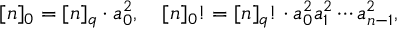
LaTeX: [ n ] _ { 0 } = [ n ] _ { q } \cdot a _ { 0 } ^ { 2 } , \quad [ n ] _ { 0 } ! = [ n ] _ { q } ! \cdot a _ { 0 } ^ { 2 } a _ { 1 } ^ { 2 } \cdots a _ { n - 1 } ^ { 2 } ,